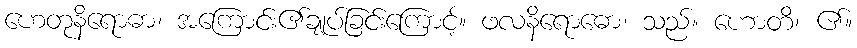
ဟေတုနိရောဓာ၊ အကြောင်း၏ချုပ်ခြင်းကြောင့်။ ဖလနိရောဓော၊ သည်။ ဟောတိ၊ ၏။